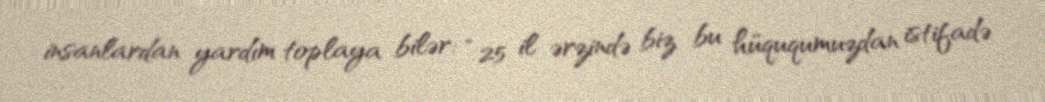
insanlardan yardım toplaya bilər: “25 il ərzində biz bu hüququmuzdan istifadə